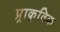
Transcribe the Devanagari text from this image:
प्र्राकृतिक